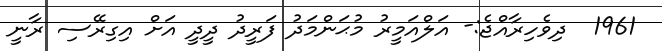
1961  ދިވެހިރާއްޖެ:- އަލްއަމީރު މުޙަންމަދު ފަރީދު ދީދީ އަށް އިގިރޭސި ރާނީ